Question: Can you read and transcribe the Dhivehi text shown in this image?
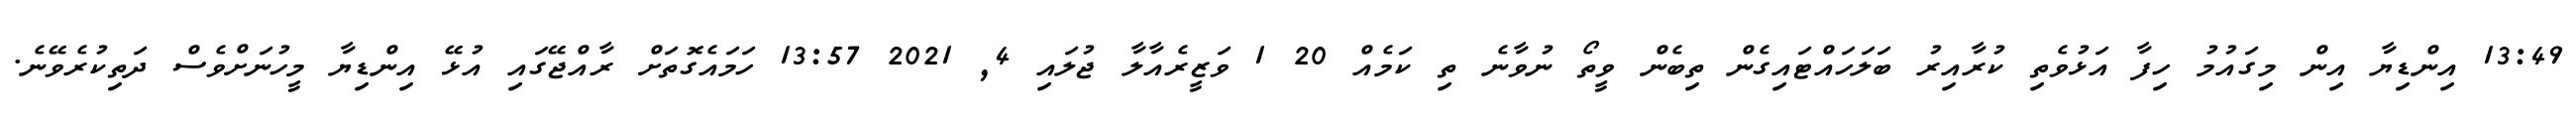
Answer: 13:49 އިންޑިޔާ އިން މިގައުމު ހިފާ އަޅުވެތި ކުރާއިރު ބަލަހައްޓައިގެން ތިބެން ވީތޯ ނުވާނެ ތި ކަމެއް 20 1 ވަޒީރެއާލާ ޖުލައި 4, 2021 13:57 ހަމައެގޮތަށް ރާއްޖޭގައި އުޅޭ އިންޑިޔާ މީހުނަށްވެސް ދަތިކުރެވޭނެ.